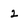
Character: 2